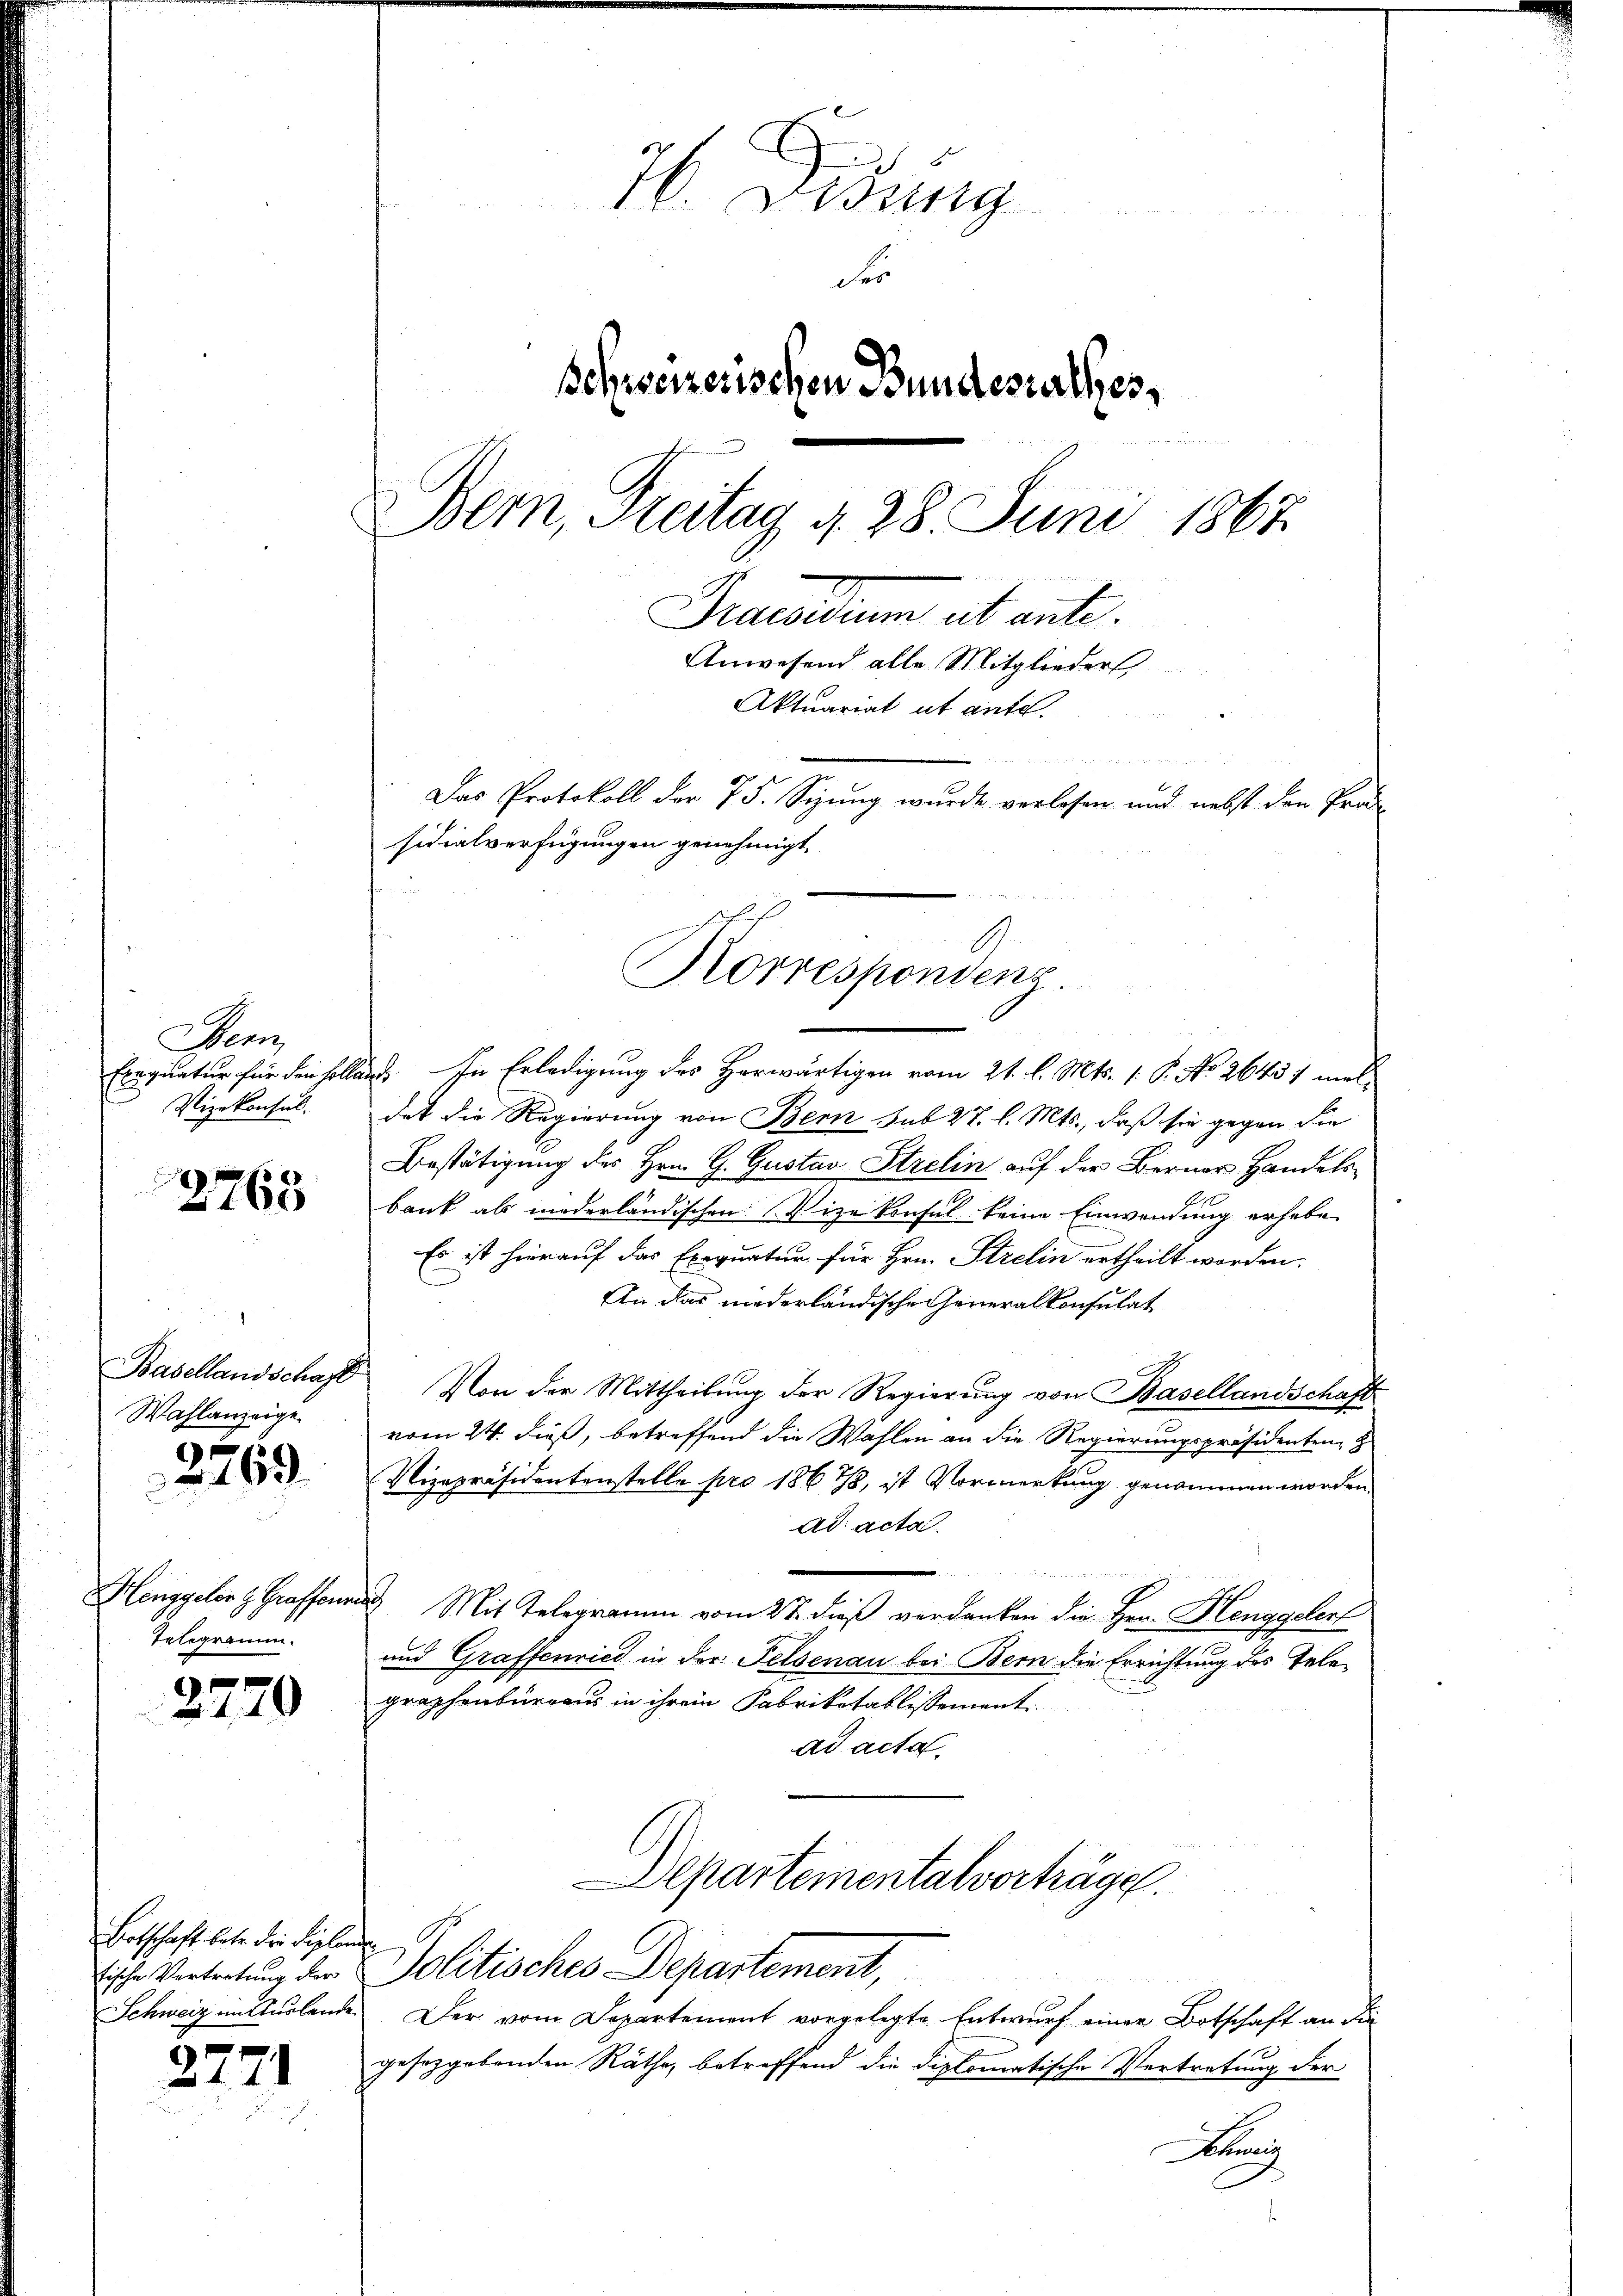
Sen
Exequatur für den solle
Vizekonsul

.
168

Wahlanzeige.

2769

Henggeler H. Graffene
Telegramm.

1
170

Botschaft betr. die Diplome
Schweiz im Auslande

2771

76. Desung
dir
Schweizerischen Bundesrathes,
Bern, Freitag d. 28. Juni 1867.
Praesidium ut ante.
Anwesend alle Mitglieder
Aktuariat ut ante.
n
Das Protokoll der 75. Sizung wurde verlesen und nebst den Prä-
sidialverfügungen genehmigt.

d. In Erledigung des Herwärtigen vom 21. l. Mts. 1. P. No. 26431 meldet die Regierung von Bern sub 27. l. Mts., daß sie gegen die
Bestätigung des Hrn. G. Gustav Strelin auf der Berner Handels
bank als niederländischen Vizekonsul keine Einwendung erhebe
Es ist hierauf das Exequatur für Hrn. Strelin ertheilt worden.
An das niederländische Generalkonsulat
Basellandschaft Von der Mittheilung der Regierung von Basellandschafts
vom 24. dieß, betreffend die Wahlen an die Regierungspräsidenten,
Vizepräsidentenstelle pro 186 78, ist Vormerkung genommen worden
ad acta

1
Mit Telegramm vom 27. dieß verdanken die Hrn. Henggelerf
und Graffenried in der Felsenau bei Bern die Errichtung des Telegraphenburgens in ihrem Fabrikotablissement
ad acta
Departementalverträge.
Fische Vertretung der Politisches Departement,
Der vom Departement vorgelegte Entwurf einer Botschaft an die
gesetzgebenden Räthe, betreffend die diplomatische Vertretung der
A

Korrespondenz